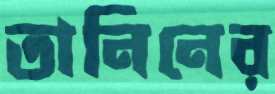
তানিনের